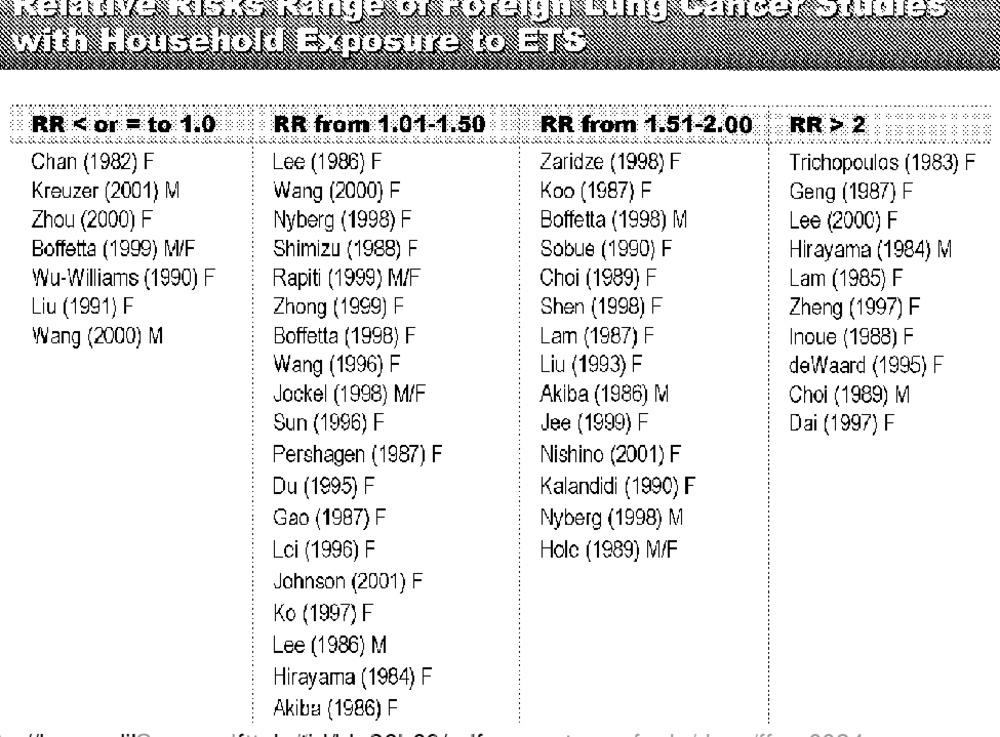
with Household Exposure to ETS
RR < or = to 1.0
RR from 1.01-1.50
RR from 1.51-2.00
RR > 2
Chan (1982) F
Lee (1986) F
Zaridze (1998) F
Trichopoulos (1983) F
Kreuzer (2001) M
Wang (2000) F
Koo (1987) F
Geng (1987) F
Zhou (2000) F
Nyberg (1998) F
Boffetta (1998) M
Lee (2000) F
Boffetta (1999) M/F
Shimizu (1988) F
Sobue (1990) F
Hirayama (1984) M
Wu-Williams (1990) F
Rapiti (1999) M/F
Choi (1989) F
Lam (1985) F
Liu (1991) F
Zhong (1999) F
Shen (1998) F
Zheng (1997) F
Wang (2000) M
Boffetta (1998) F
Lam (1987) F
Inoue (1988) F
Wang (1996) F
Liu (1993) F
deWaard (1995) F
Jockel (1998) M/F
Akiba (1986) M
Choi (1989) M
Sun (1996) F
Jee (1999) F
Dai (1997) F
Pershagen (1987) F
Nishino (2001) F
Du (1995) F
Kalandidi (1990) F
Gao (1987) F
Nyberg (1998) M
Lci (1996) F
Hole (1989) M/F
Johnson (2001) F
Ko (1997) F
Lee (1986) M
Hirayama (1984) F
Akiba (1986) F